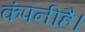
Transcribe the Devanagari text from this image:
कंपनीहै।